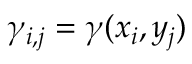
\gamma _ { i , j } = \gamma ( x _ { i } , y _ { j } )